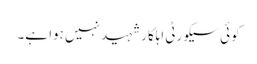
کوئی سیکورٹی اہلکار شہید نہیں ہوا ہے۔